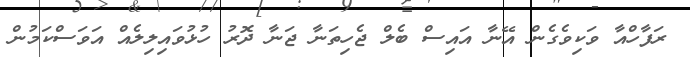
ރަފާހްއާ ވަކިވެގެން އޭނާ އައިސް ބެލް ޖެހިތަނާ ޖަނާ ދޮރު ހުޅުވައިލިލެއް އަވަސްކަމުން